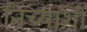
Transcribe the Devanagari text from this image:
तिच्याशीं